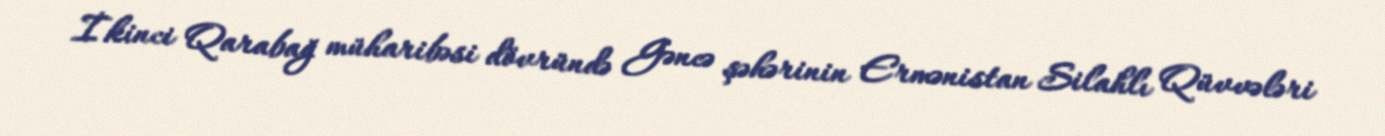
İkinci Qarabağ müharibəsi dövründə Gəncə şəhərinin Ermənistan Silahlı Qüvvələri